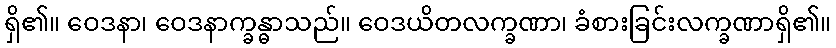
ရှိ၏။ ဝေဒနာ၊ ဝေဒနာက္ခန္ဓာသည်။ ဝေဒယိတလက္ခဏာ၊ ခံစားခြင်းလက္ခဏာရှိ၏။